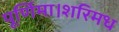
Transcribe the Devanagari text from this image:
पूर्णिमा।शरिमध